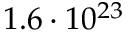
1 . 6 \cdot 1 0 ^ { 2 3 }